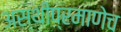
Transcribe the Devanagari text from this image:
अस्थींप्रमाणेच